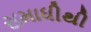
સમાધીથી